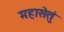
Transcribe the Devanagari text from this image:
महासेतुं